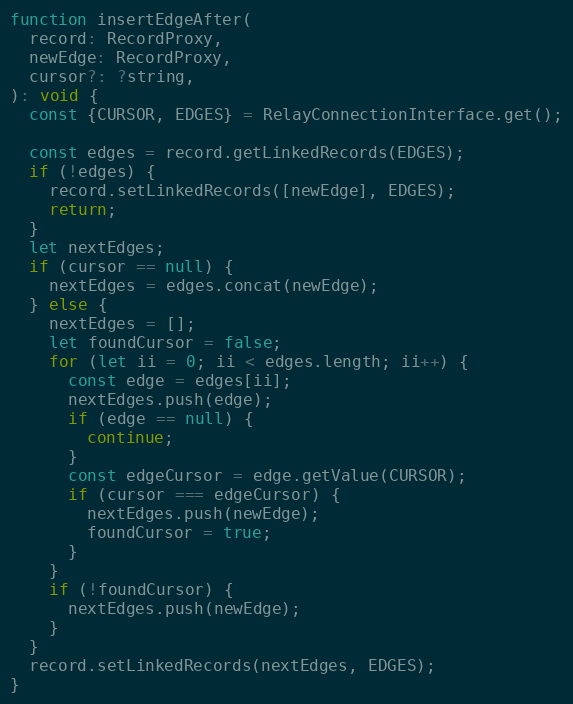
Language: JavaScript
function insertEdgeAfter(
  record: RecordProxy,
  newEdge: RecordProxy,
  cursor?: ?string,
): void {
  const {CURSOR, EDGES} = RelayConnectionInterface.get();

  const edges = record.getLinkedRecords(EDGES);
  if (!edges) {
    record.setLinkedRecords([newEdge], EDGES);
    return;
  }
  let nextEdges;
  if (cursor == null) {
    nextEdges = edges.concat(newEdge);
  } else {
    nextEdges = [];
    let foundCursor = false;
    for (let ii = 0; ii < edges.length; ii++) {
      const edge = edges[ii];
      nextEdges.push(edge);
      if (edge == null) {
        continue;
      }
      const edgeCursor = edge.getValue(CURSOR);
      if (cursor === edgeCursor) {
        nextEdges.push(newEdge);
        foundCursor = true;
      }
    }
    if (!foundCursor) {
      nextEdges.push(newEdge);
    }
  }
  record.setLinkedRecords(nextEdges, EDGES);
}